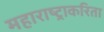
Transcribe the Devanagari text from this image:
महाराष्ट्राकरिता